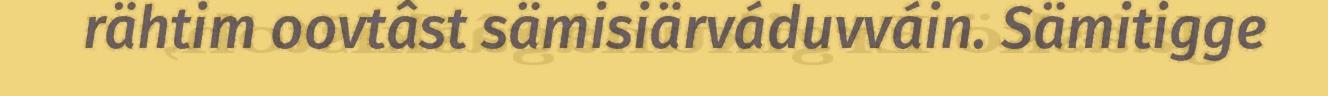
rähtim oovtâst sämisiärváduvváin. Sämitigge